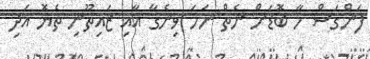
ފަންގަސް މާ ބޮޑަށް ނެތް ނަމަ ވިނެގާ އާއި ޒައިތޫނި ތެޔޮ އަދި